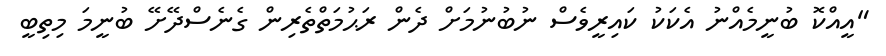
"އީއްކޮ ބުނީމެއްނު އެކަކު ކައިރީވެސް ނުބުނުމަށް ދެން ރަޙުމަތްތެރިން ގެނެސްދޭށޭ ބުނީމަ މިތިބީ